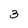
Character: 3